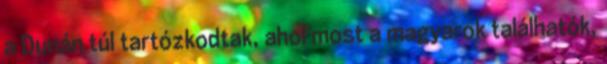
a Dunán túl tartózkodtak, ahol most a magyarok találhatók,